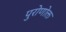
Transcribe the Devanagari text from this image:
पुरोणोक्त